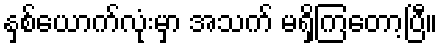
နှစ်ယောက်လုံးမှာ အသက် မရှိကြတော့ပြီ။